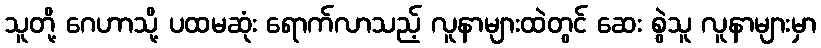
သူတို့ ဂေဟာသို့ ပထမဆုံး ရောက်လာသည့် လူနာများထဲတွင် ဆေး စွဲသူ လူနာများမှာ